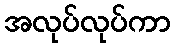
အလုပ်လုပ်ကာ